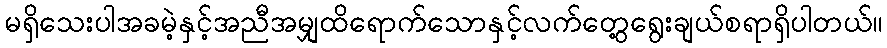
မရှိသေးပါအခမဲ့နှင့်အညီအမျှထိရောက်သောနှင့်လက်တွေ့ရွေးချယ်စရာရှိပါတယ်။